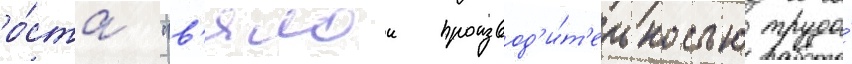
ро́ста "в'ялои производ'и́т'ельностью труда́